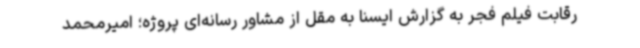
رقابت فیلم فجر به گزارش ایسنا به مقل از مشاور رسانه‌ای پروژه؛ امیرمحمد